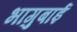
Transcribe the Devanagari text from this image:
भागुबाई